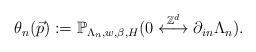
LaTeX: \begin{align*}\theta_n(\vec{p}):=\mathbb{P}_{\Lambda_n,w,\beta,H}(0 \overset{\mathbb{Z}^d}{\longleftrightarrow} \partial_{in}\Lambda_n).\end{align*}